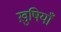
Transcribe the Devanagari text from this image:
ख़ुषियाँ